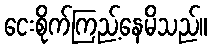
ငေးစိုက်ကြည့်နေမိသည်။